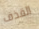
القذف